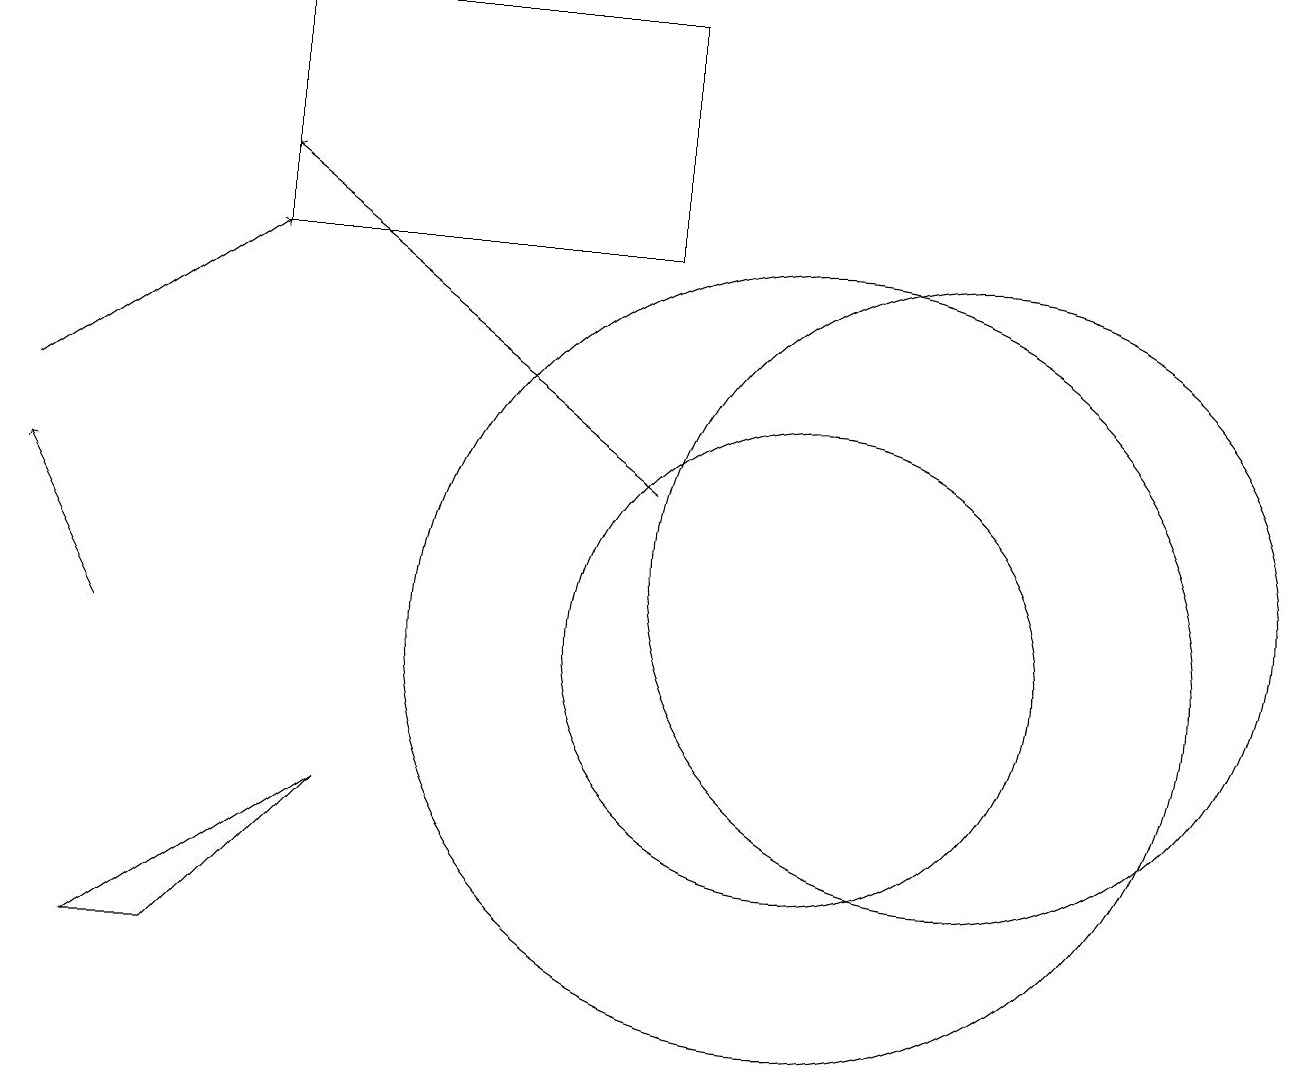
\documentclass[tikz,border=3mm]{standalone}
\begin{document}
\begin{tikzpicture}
\draw (12,11) circle (4);
\draw[->] (8,12) -- (3,16);
\draw[->] (0,13) -- (3,15);
\draw (10,10) circle (5);
\draw (8,18) rectangle (3,15);
\draw (1,6) -- (4,8) -- (2,6) -- cycle;
\draw (10,10) circle (3);
\draw[->] (1,10) -- (0,12);
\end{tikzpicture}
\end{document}